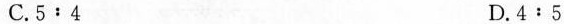
C.5:4 D.4:5